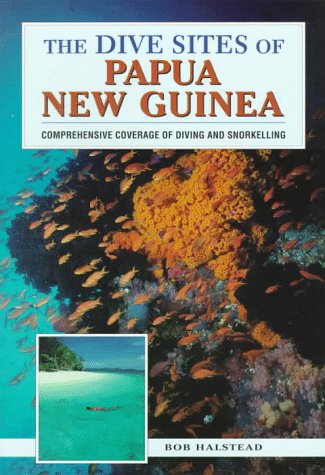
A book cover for The Dive Sites of Papua New Guinea; Bob Halstead; Travel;